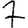
Digit: 7